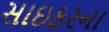
સાઇફરના